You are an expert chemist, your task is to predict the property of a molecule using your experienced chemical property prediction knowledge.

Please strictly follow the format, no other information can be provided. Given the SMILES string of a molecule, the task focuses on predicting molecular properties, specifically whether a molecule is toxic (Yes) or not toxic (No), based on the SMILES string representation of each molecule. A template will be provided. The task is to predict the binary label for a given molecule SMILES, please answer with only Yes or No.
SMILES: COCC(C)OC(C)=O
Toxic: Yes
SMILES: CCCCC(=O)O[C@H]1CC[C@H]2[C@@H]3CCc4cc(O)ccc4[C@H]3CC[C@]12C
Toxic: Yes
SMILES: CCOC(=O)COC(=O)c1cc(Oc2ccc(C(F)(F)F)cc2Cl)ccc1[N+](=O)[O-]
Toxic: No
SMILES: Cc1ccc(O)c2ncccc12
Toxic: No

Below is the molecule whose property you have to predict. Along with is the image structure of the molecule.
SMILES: c1cnc(N2CCN(Cc3ccc4c(c3)OCO4)CC2)nc1
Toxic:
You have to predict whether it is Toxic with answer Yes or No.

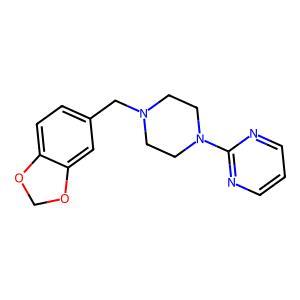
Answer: No